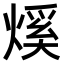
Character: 𤌳